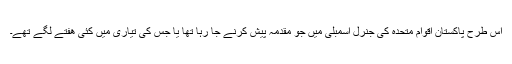
اس طرح پاکستان اقوام متحدہ کی جنرل اسمبلی میں جو مقدمہ پیش کرنے جا رہا تھا یا جس کی تیاری میں کئی ھفتے لگے تھے۔